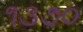
૧૩૭૦